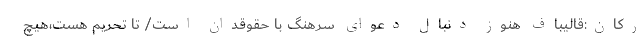
رکان:قالیباف هنوز دنبال دعوای سرهنگ با حقوقدان است/ تا تحریم هست،هیچ